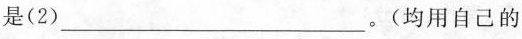
是（2）___。（均用自己的